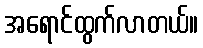
အရောင်ထွက်လာတယ်။